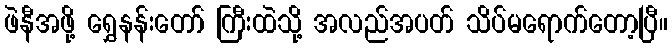
ဖဲနီအဖို့ ရွှေနန်းတော် ကြီးထဲသို့ အလည်အပတ် သိပ်မရောက်တော့ပြီ။